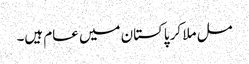
مل ملا کر پاکستان میں عام ہیں۔